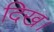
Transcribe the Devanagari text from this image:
दिख।